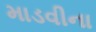
માડવીના